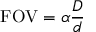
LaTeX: \mathrm { F O V } = \alpha { \frac { D } { d } }